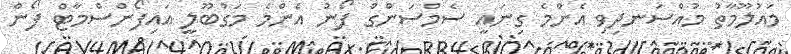
މައުލޫމާތު މުއްސަނދިވި އެންމެ ގިނައީ ސެމްސަންގް ފޯނު އެންމެ މަގުބޫލީ އައިފޯންސްމާޓް ފޯން